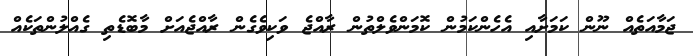
ޖަމާއަތެއް ނޫން ކަމަށާއި އެހެންކަމުން ކޮމަންވެލްތުން ރާއްޖެ ވަކިވެގެން ރާއްޖެއަށް މާބޮޑެތި ގެއްލުންތަކެއް